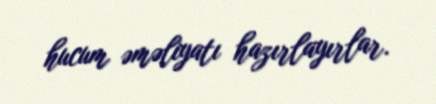
hucum əməliyatı hazırlayırlar.